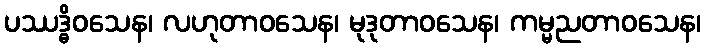
ပဿဒ္ဓိဝသေန၊ လဟုတာဝသေန၊ မုဒုတာဝသေန၊ ကမ္မညတာဝသေန၊